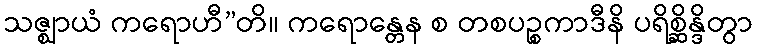
သဇ္ဈာယံ ကရောဟီ”တိ။ ကရောန္တေန စ တစပဉ္စကာဒီနိ ပရိစ္ဆိန္ဒိတွာ